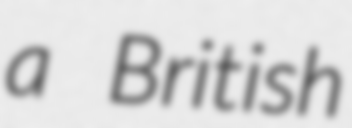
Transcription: a British